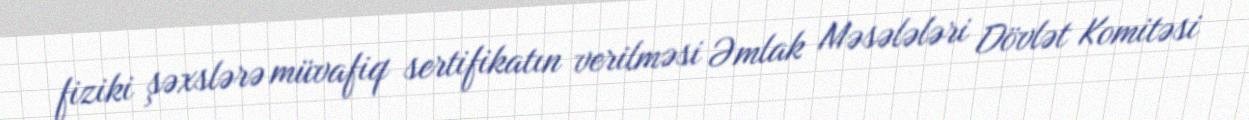
fiziki şəxslərə müvafiq sertifikatın verilməsi Əmlak Məsələləri Dövlət Komitəsi